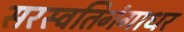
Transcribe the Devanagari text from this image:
सरस्वतिगंगाधर